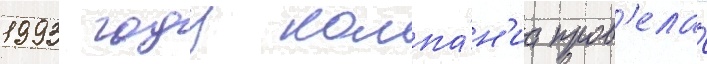
1993 году компа́н'иа пров'ела́